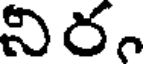
నిర.